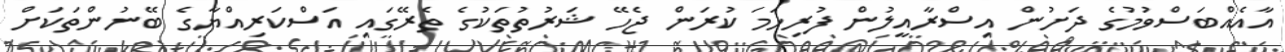
އާއެއްބަސްވުމުގެ ދަށުން އިސްރާއީލުން ފުރިހަމަ ކުރަން ޖެހޭ ޝަރުތުތަކުގެ ތެރޭގައި އަސްކަރިއްޔާގެ ބޭނުންތަކަށް